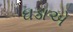
ઘડાએ